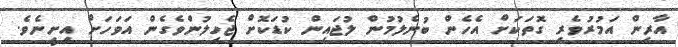
އާރިން އަމުރުވެރި ގޮތަކަށް އެހެން ބުނެލުމުން ލުޖައިން ކުޑަކޮށް ޖެހިލުންވެގެން އަވަހަށް އިށީނެވެ.